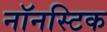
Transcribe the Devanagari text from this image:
नॉनस्टिक